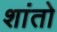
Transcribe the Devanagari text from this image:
शांतो